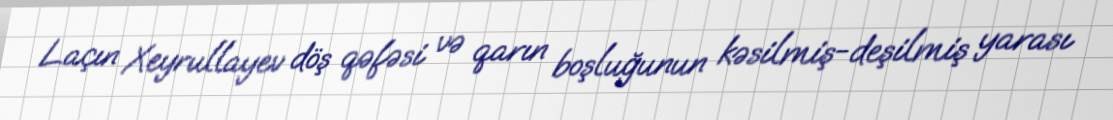
Laçın Xeyrullayev döş qəfəsi və qarın boşluğunun kəsilmiş-deşilmiş yarası